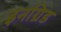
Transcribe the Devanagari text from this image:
इनग्रिड